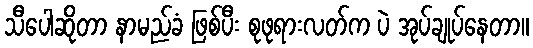
သီပေါဆိုတာ နာမည်ခံ ဖြစ်ပီး စုဖုရားလတ်က ပဲ အုပ်ချုပ်နေတာ။